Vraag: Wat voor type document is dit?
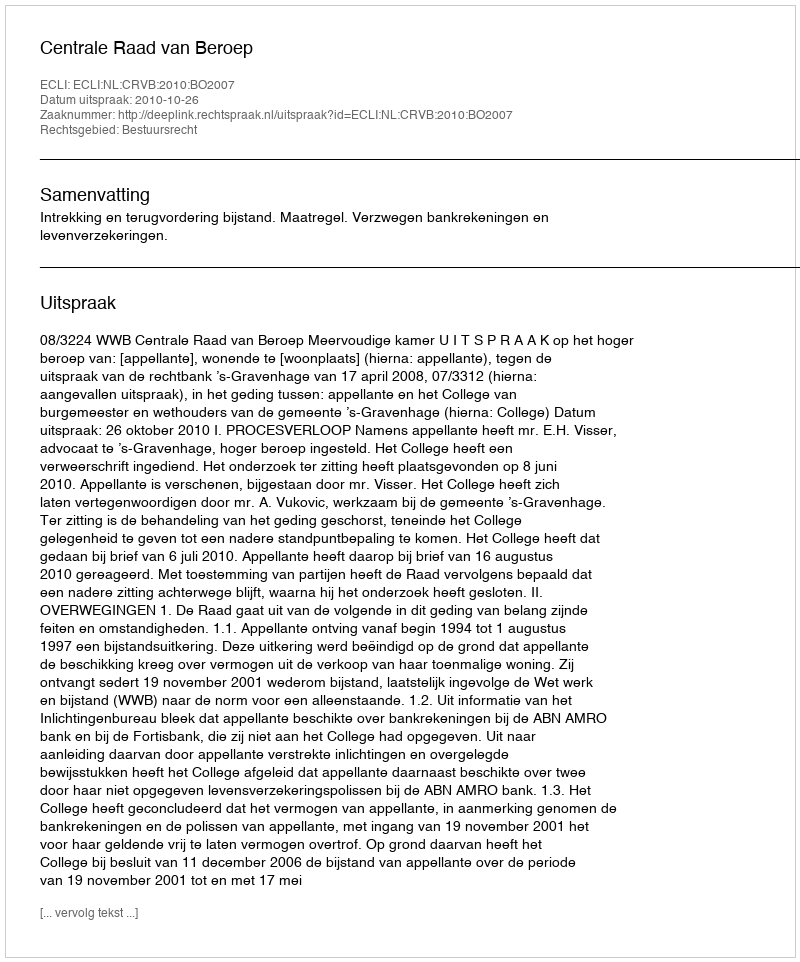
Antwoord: Uitspraak